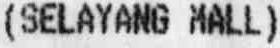
(SELAYANG MALL)